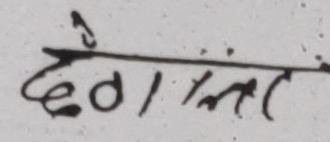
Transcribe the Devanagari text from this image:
देवानामा